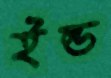
ইল্ড